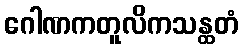
ဂေါဏကတူလိကသန္ထတံ